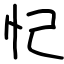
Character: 忋